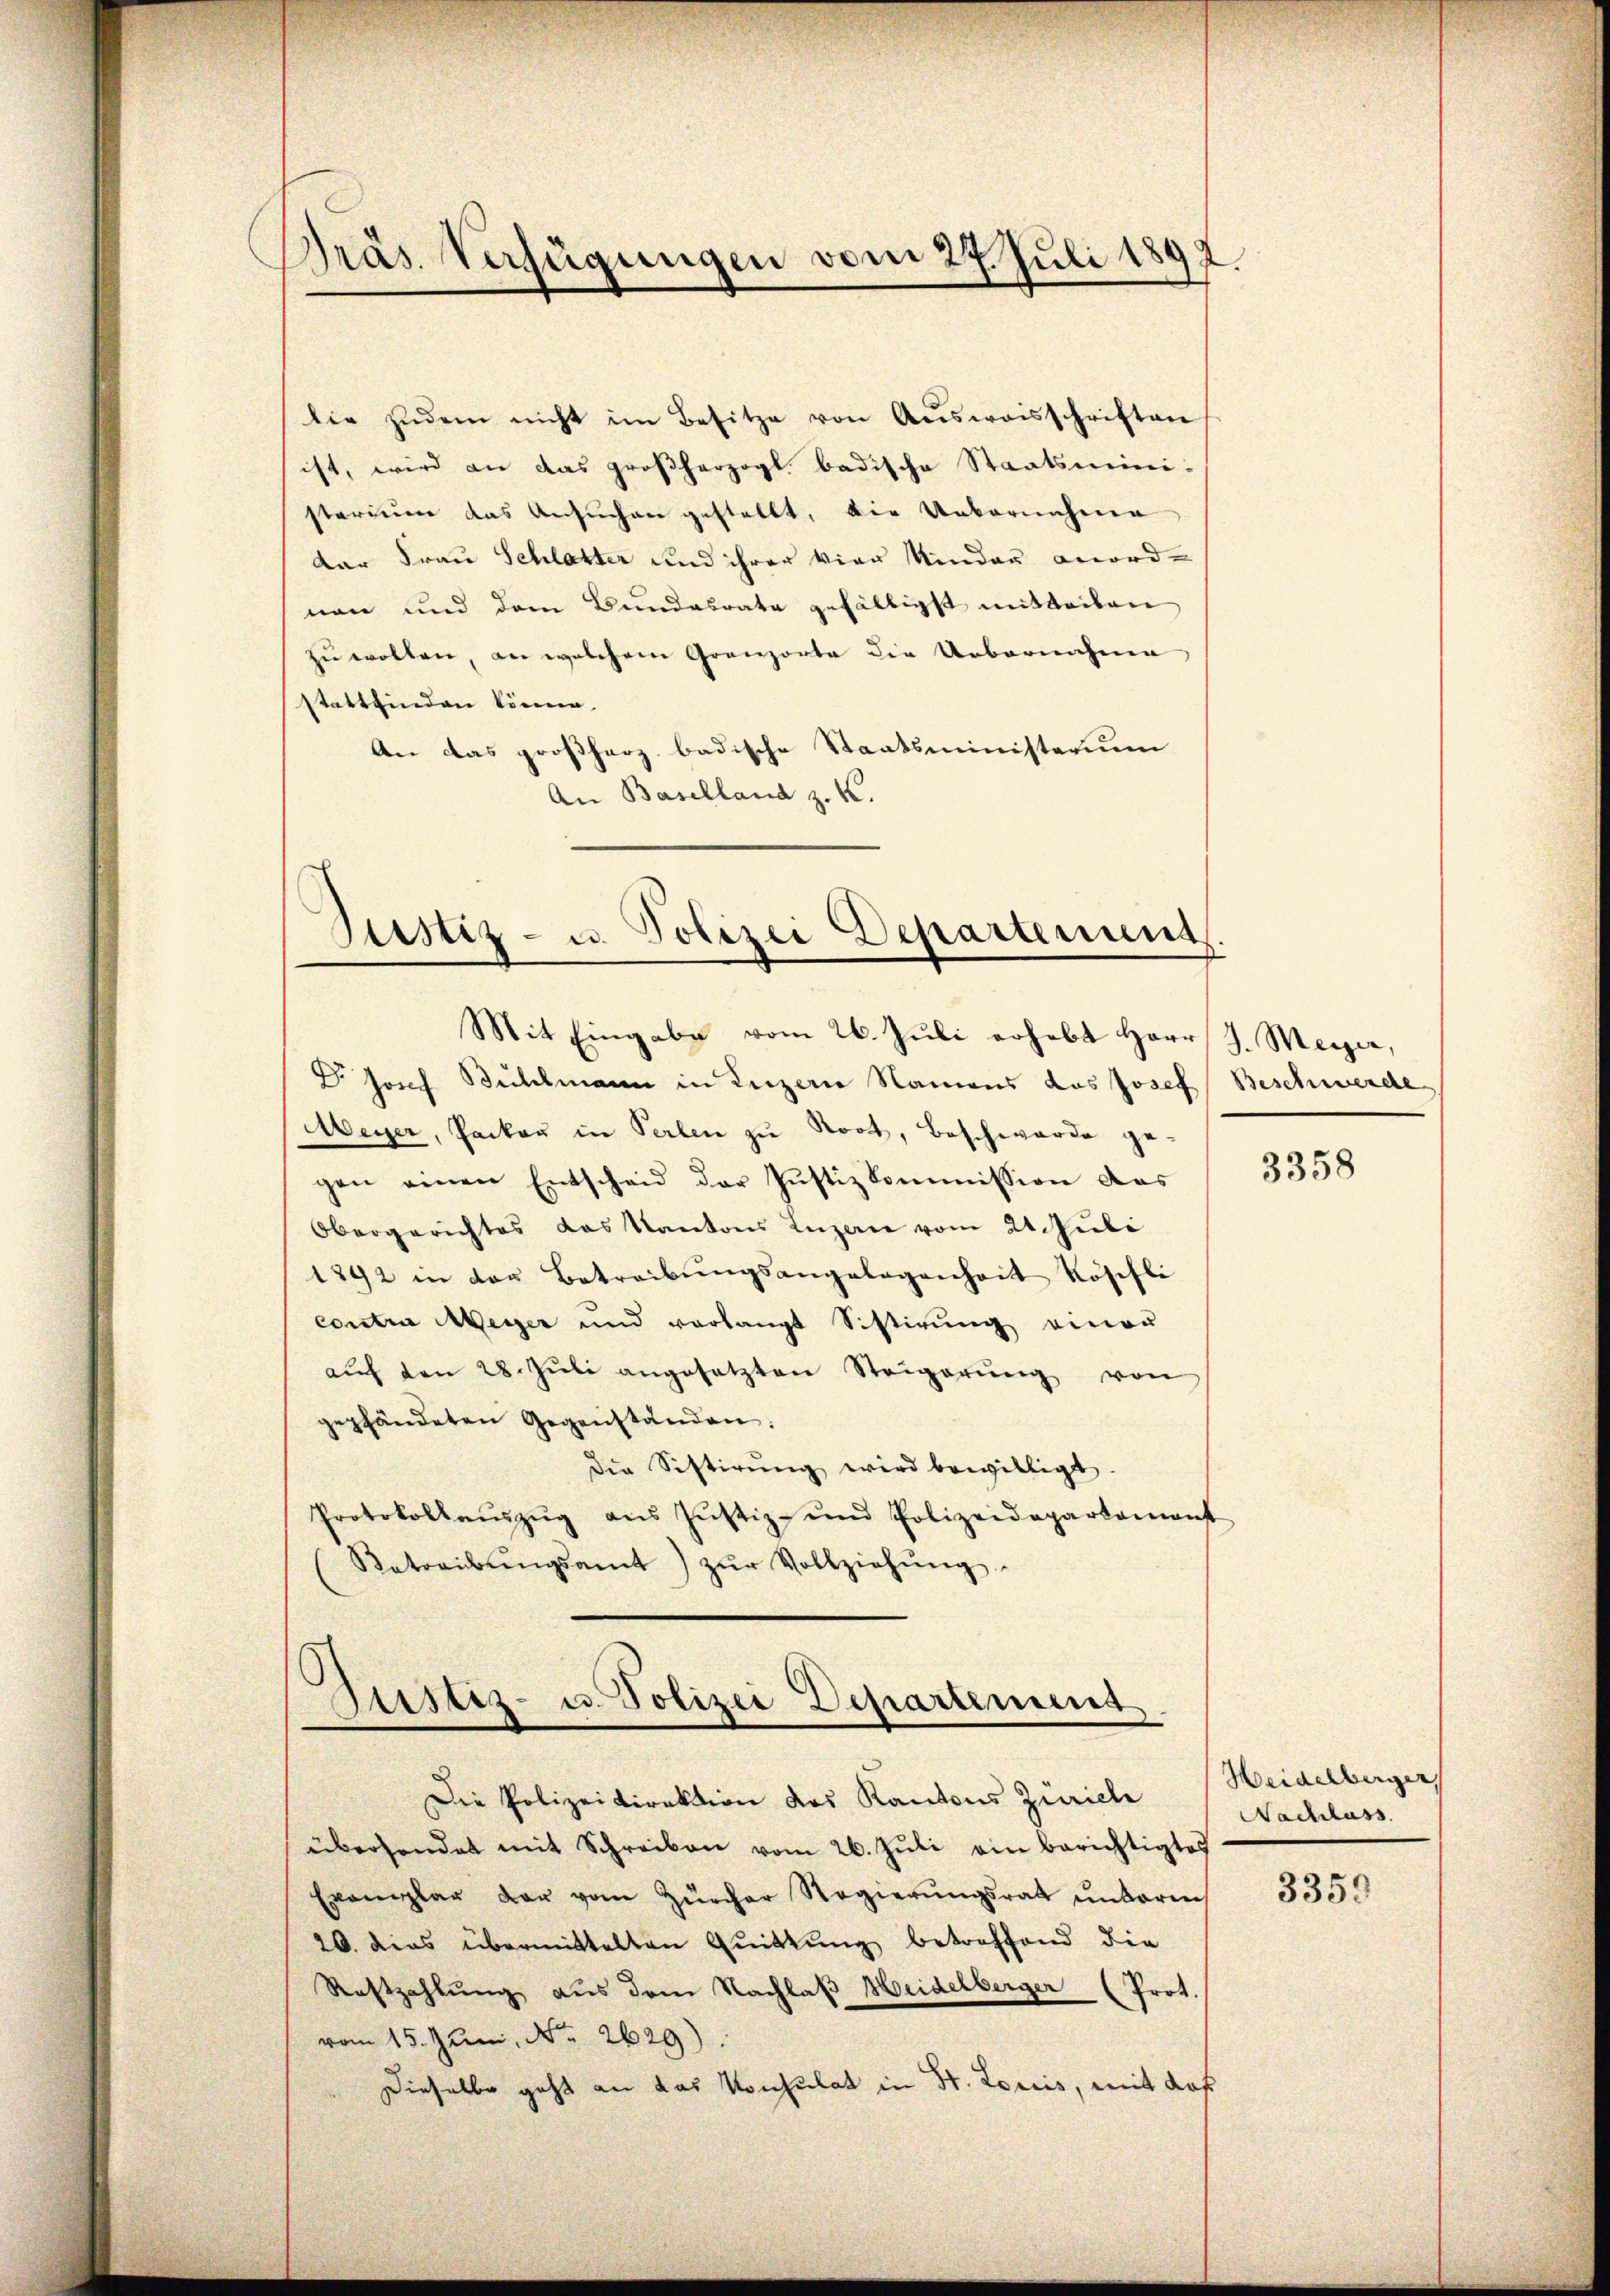
Präs. Verfügungen vom 27. Juli 1897.

lie zŭdem nicht im Besitze von Aŭsweisschriften
ist, wird an das großherzogl badische Staatsmini-
starium das Ansuchen gestellt, die Unbornehene
der Frau Schlatter und ihrer vier Kinden anord-
nan und dem Bundesrate gefälligst mitteilen
zu wollen, an welchem Granzorte die Uebernahme
stattfinden könne. |
An das großherz badische Staatsministerium
An Baselland z. K.

Justiz- u. Polizei Departement

Mit Eingabe vom 26. Jŭli erhebt Herr J. Meyer,
 Jorch Bühlmann in Luzern Namens das Josef Beschwerde
Meyer, Packer in Perlen zu Root, Beschwarde ge-
gen einen Entscheid der Justizkommission das
Obergerichtes das Kantons Luzern vom 24. Juli
1892 in der Betreibŭngsangelegenheit Köschli
contra Meyer und verlangt Sistirŭng einer
aŭf den 28. Jŭli angesetzten Steigerŭng von
gepfändeten Gegenständen.
die Sistirŭng wird bewilligt.
Protokollaŭszŭg ans Jŭstiz- und Polizeidepartamont
Betreibŭngsamt zŭr Vollziehŭng.

Justiz- u. Polizei Departement.
Die Polizeidirektion des Kantons Zürich

übersendet mit Schreiben vom 26. Jŭli ein berichtigtes
Exemplar dar vom Zürcher Regierŭngsrath unteren
20. dies übermittelten Quittung betreffend die
Restzahlung aus dem Nachlaß Heidelberger (Prot.
vom 15. Juni, No. 2629).
Dieselbe geht an das Konsulat in St. Loriis, mit das

3358

Heidelberger
Nachlass

3359